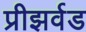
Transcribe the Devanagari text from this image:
प्रीझर्वड